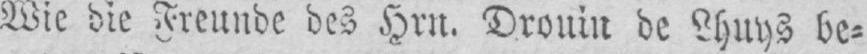
Wie die Freunde des Hrn. Drouin de Lhuys be⸗